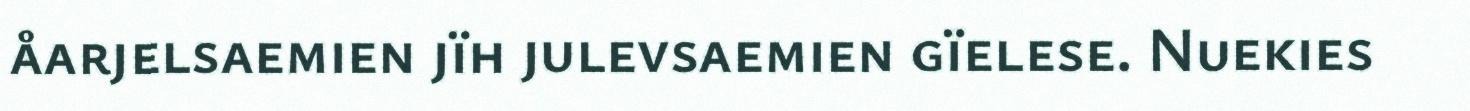
åarjelsaemien jïh julevsaemien gïelese. Nuekies